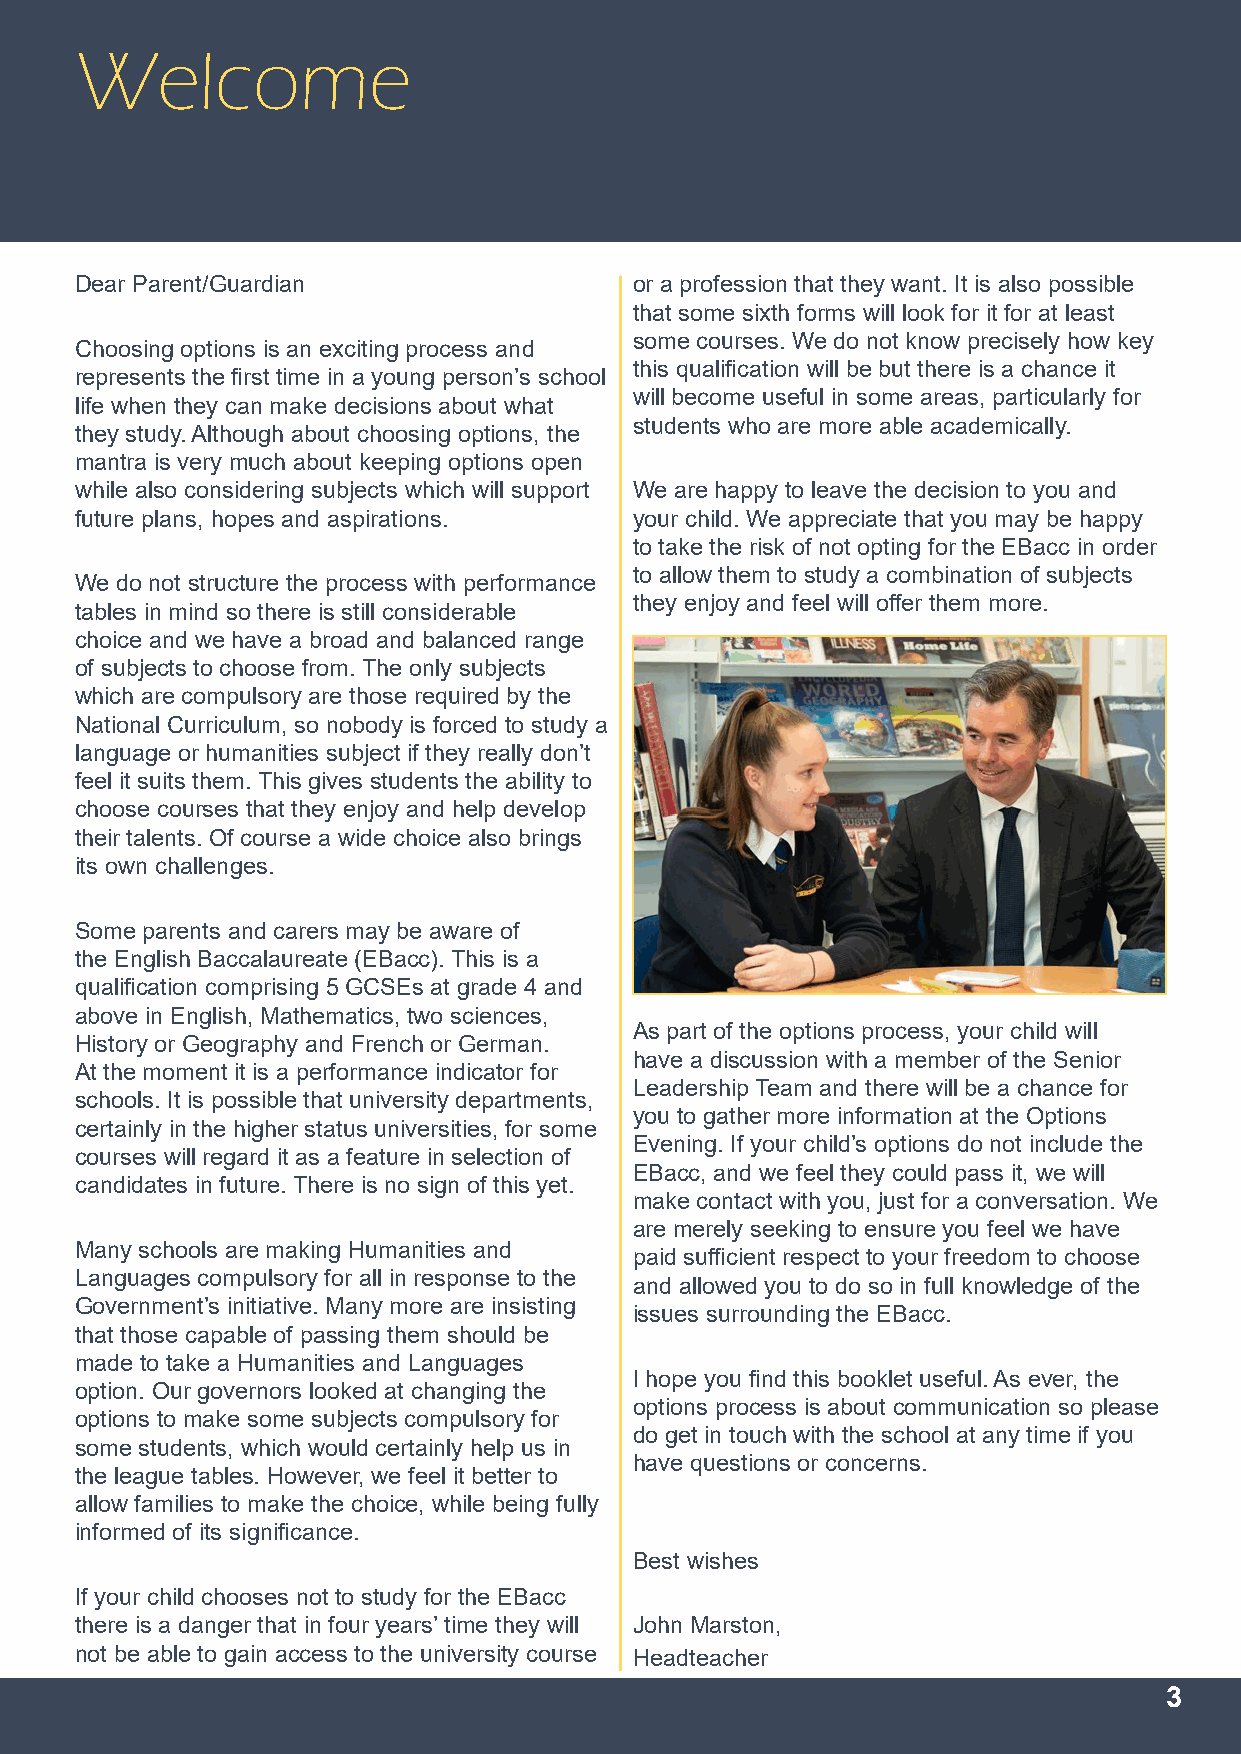
Welcome
 Dear Parent/Guardian                 or a profession that they want. It is also possible
 that some sixth forms will look for it for at least
 some courses. We do not know precisely how key
 Choosing options is an exciting process and
 this qualification will be but there is a chance it
 represents the first time in a young person’s school
 will become useful in some areas, particularly for
 life when they can make decisions about what
 students who are more able academically.
 they study. Although about choosing options, the
 mantra is very much about keeping options open
 while also considering subjects which will support We are happy to leave the decision to you and
 future plans, hopes and aspirations. your child. We appreciate that you may be happy
 to take the risk of not opting for the EBacc in order
 to allow them to study a combination of subjects
 We do not structure the process with performance
 they enjoy and feel will offer them more.
 tables in mind so there is still considerable
 choice and we have a broad and balanced range
 of subjects to choose from. The only subjects
 which are compulsory are those required by the
 National Curriculum, so nobody is forced to study a
 language or humanities subject if they really don’t
 feel it suits them. This gives students the ability to
 choose courses that they enjoy and help develop
 their talents. Of course a wide choice also brings
 its own challenges.
 Some parents and carers may be aware of
 the English Baccalaureate (EBacc). This is a
 qualification comprising 5 GCSEs at grade 4 and
 above in English, Mathematics, two sciences,
 As part of the options process, your child will
 History or Geography and French or German.
 have a discussion with a member of the Senior
 At the moment it is a performance indicator for
 Leadership Team and there will be a chance for
 schools. It is possible that university departments,
 you to gather more information at the Options
 certainly in the higher status universities, for some
 Evening. If your child’s options do not include the
 courses will regard it as a feature in selection of
 EBacc, and we feel they could pass it, we will
 candidates in future. There is no sign of this yet.
 make contact with you, just for a conversation. We
 are merely seeking to ensure you feel we have
 Many schools are making Humanities and
 paid sufficient respect to your freedom to choose
 Languages compulsory for all in response to the
 and allowed you to do so in full knowledge of the
 Government’s initiative. Many more are insisting
 issues surrounding the EBacc.
 that those capable of passing them should be
 made to take a Humanities and Languages
 I hope you find this booklet useful. As ever, the
 option. Our governors looked at changing the
 options process is about communication so please
 options to make some subjects compulsory for
 do get in touch with the school at any time if you
 some students, which would certainly help us in
 have questions or concerns.
 the league tables. However, we feel it better to
 allow families to make the choice, while being fully
 informed of its significance.
 Best wishes
 If your child chooses not to study for the EBacc
 there is a danger that in four years’ time they will John Marston,
 not be able to gain access to the university course Headteacher
 3